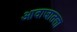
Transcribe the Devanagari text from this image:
आवाजातला